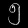
Digit: ၅